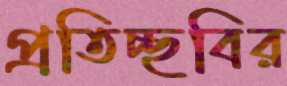
প্রতিচ্ছবির